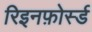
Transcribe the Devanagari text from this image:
रिइनफ़ोर्स्ड